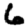
Digit: 6